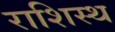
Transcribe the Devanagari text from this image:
राशिस्थ